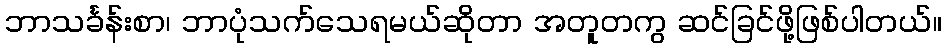
ဘာသင်္ခန်းစာ၊ ဘာပုံသက်သေရမယ်ဆိုတာ အတူတကွ ဆင်ခြင်ဖို့ဖြစ်ပါတယ်။